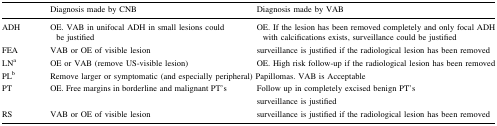
|  | Diagnosis made by CNB | Diagnosis made by VAB |
 | --- | --- | --- |
 | ADH | OE. VAB in unifocal ADH in small lesions could be justified | OE. If the lesion has been removed completely and only focal ADH with calcifications exists, surveillance could be justified |
 | FEA | VAB or OE of visible lesion | surveillance is justified if the radiological lesion has been removed |
 | LNa | OE or VAB (remove US-visible lesion) | OE. High risk follow-up if the radiological lesion has been removed |
 | PLb | <COLSPAN=2> Remove larger or symptomatic (and especially peripheral) Papillomas. VAB is Acceptable |
 | PT | OE. Free margins in borderline and malignant PT’s | Follow up in completely excised benign PT’ssurveillance is justified |
 | RS | VAB or OE of visible lesion | surveillance is justified if the radiological lesion has been removed |